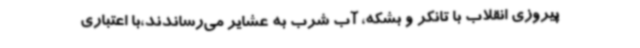
پیروزی انقلاب با تانکر و بشکه، آب شرب به عشایر می‌رساندند،با اعتباری